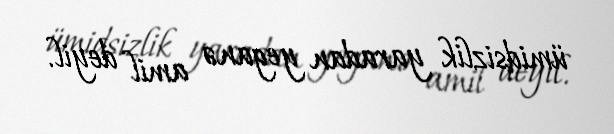
ümidsizlik yaradan yeganə amil deyil.